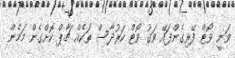
ވަނީ ވޯޓް ފޭރިގެންފައޭ ވަގު ވޯޓް ކަރުދާސް ތަކެއް ޗާޕް ކޮށްގެން މަމެން